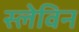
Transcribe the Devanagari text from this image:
स्लेविन